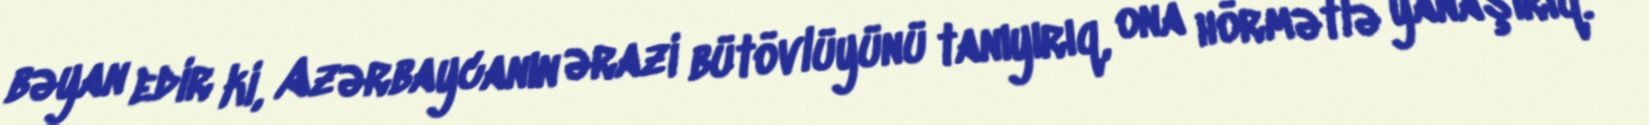
bəyan edir ki, Azərbaycanın ərazi bütövlüyünü tanıyırıq, ona hörmətlə yanaşırıq.